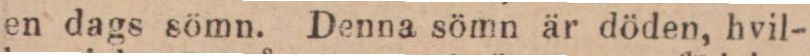
en dags sömn. Denna sömn är döden, hvil-